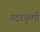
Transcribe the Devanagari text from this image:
उदरकृमी